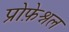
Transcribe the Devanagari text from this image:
प्रोफ़ेश्नल